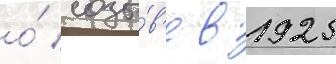
о́ созы́в'е в 1925